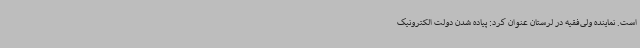
است. نماینده ولی‌فقیه در لرستان عنوان کرد: پیاده شدن دولت الکترونیک